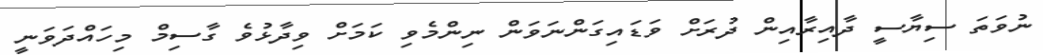
ނުވަތަ ސިޔާސީ ދާއިރާއިން ދުރަށް ވަޑައިގަންނަވަން ނިންމެވި ކަމަށް ވިދާޅުވެ ގާސިމް މިހައްދަވަނީ